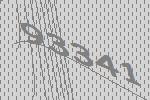
93341